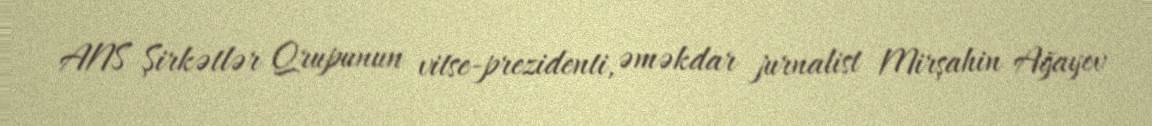
ANS Şirkətlər Qrupunun vitse-prezidenti, əməkdar jurnalist Mirşahin Ağayev